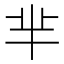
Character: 芈